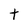
Character: t